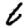
Digit: 6